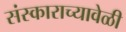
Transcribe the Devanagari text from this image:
संस्काराच्यावेळी